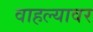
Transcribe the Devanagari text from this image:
वाहल्यावर